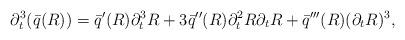
LaTeX: \begin{align*} \partial_{t}^{3} (\bar q(R)) = \bar q'(R) \partial_{t}^{3}R + 3 \bar q''(R) \partial_{t}^{2}R \partial_{t}R + \bar q'''(R) (\partial_{t}R)^{3}, \end{align*}